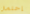
إحتمال